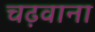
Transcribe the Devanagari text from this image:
चढ़वाना